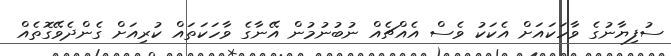
ސުފިޔާނުގެ ވާހަކައަށް އެކަކު ވެސް އެއްޗެއް ނުބުނުމުން އޭނާގެ ވާހަކަތައް ކުރިއަށް ގެންދެވޭގޮތެއް